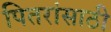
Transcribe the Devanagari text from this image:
पितरांसाठी